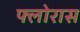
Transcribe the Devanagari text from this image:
फ्लोरास